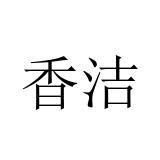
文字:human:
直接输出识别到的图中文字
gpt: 香洁